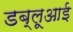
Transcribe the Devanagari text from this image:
डब्लूआई